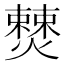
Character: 𭶚